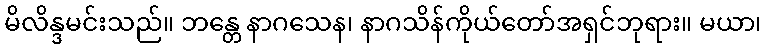
မိလိန္ဒမင်းသည်။ ဘန္တေ နာဂသေန၊ နာဂသိန်ကိုယ်တော်အရှင်ဘုရား။ မယာ၊